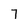
Character: 7